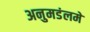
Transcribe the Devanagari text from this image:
अनुमडंलमे